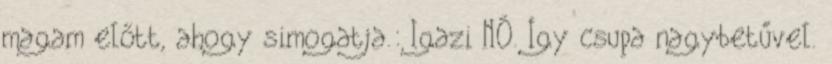
magam előtt, ahogy simogatja.: Igazi NŐ. Így csupa nagybetűvel.